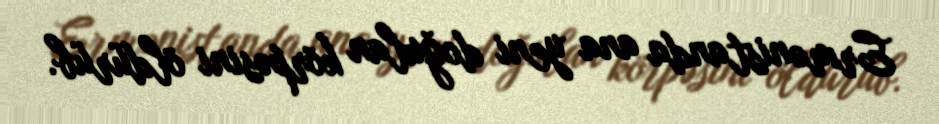
Ermənistanda ana yeni doğulan körpəsini öldürüb.